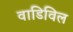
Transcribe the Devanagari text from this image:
वाडिविल